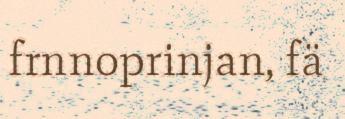
frnnoprinjan, fä